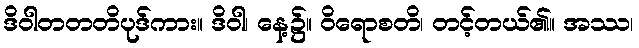
ဒိဝါတတတိပုဒ်ကား။ ဒိဝါ၊ နေ့၌။ ဝိရောစတိ၊ တင့်တယ်၏။ အဿ၊